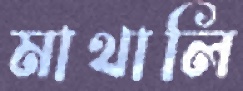
মাথালি